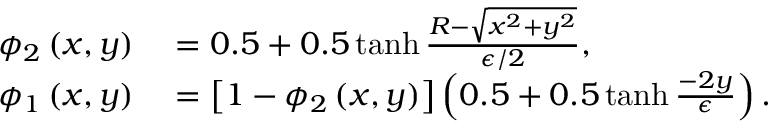
\begin{array} { r l } { \phi _ { 2 } \left( x , y \right) } & { { } = 0 . 5 + 0 . 5 \operatorname { t a n h } \frac { R - \sqrt { x ^ { 2 } + y ^ { 2 } } } { \epsilon / 2 } , } \\ { \phi _ { 1 } \left( x , y \right) } & { { } = \left[ 1 - \phi _ { 2 } \left( x , y \right) \right] \left( 0 . 5 + 0 . 5 \operatorname { t a n h } \frac { - 2 y } { \epsilon } \right) . } \end{array}